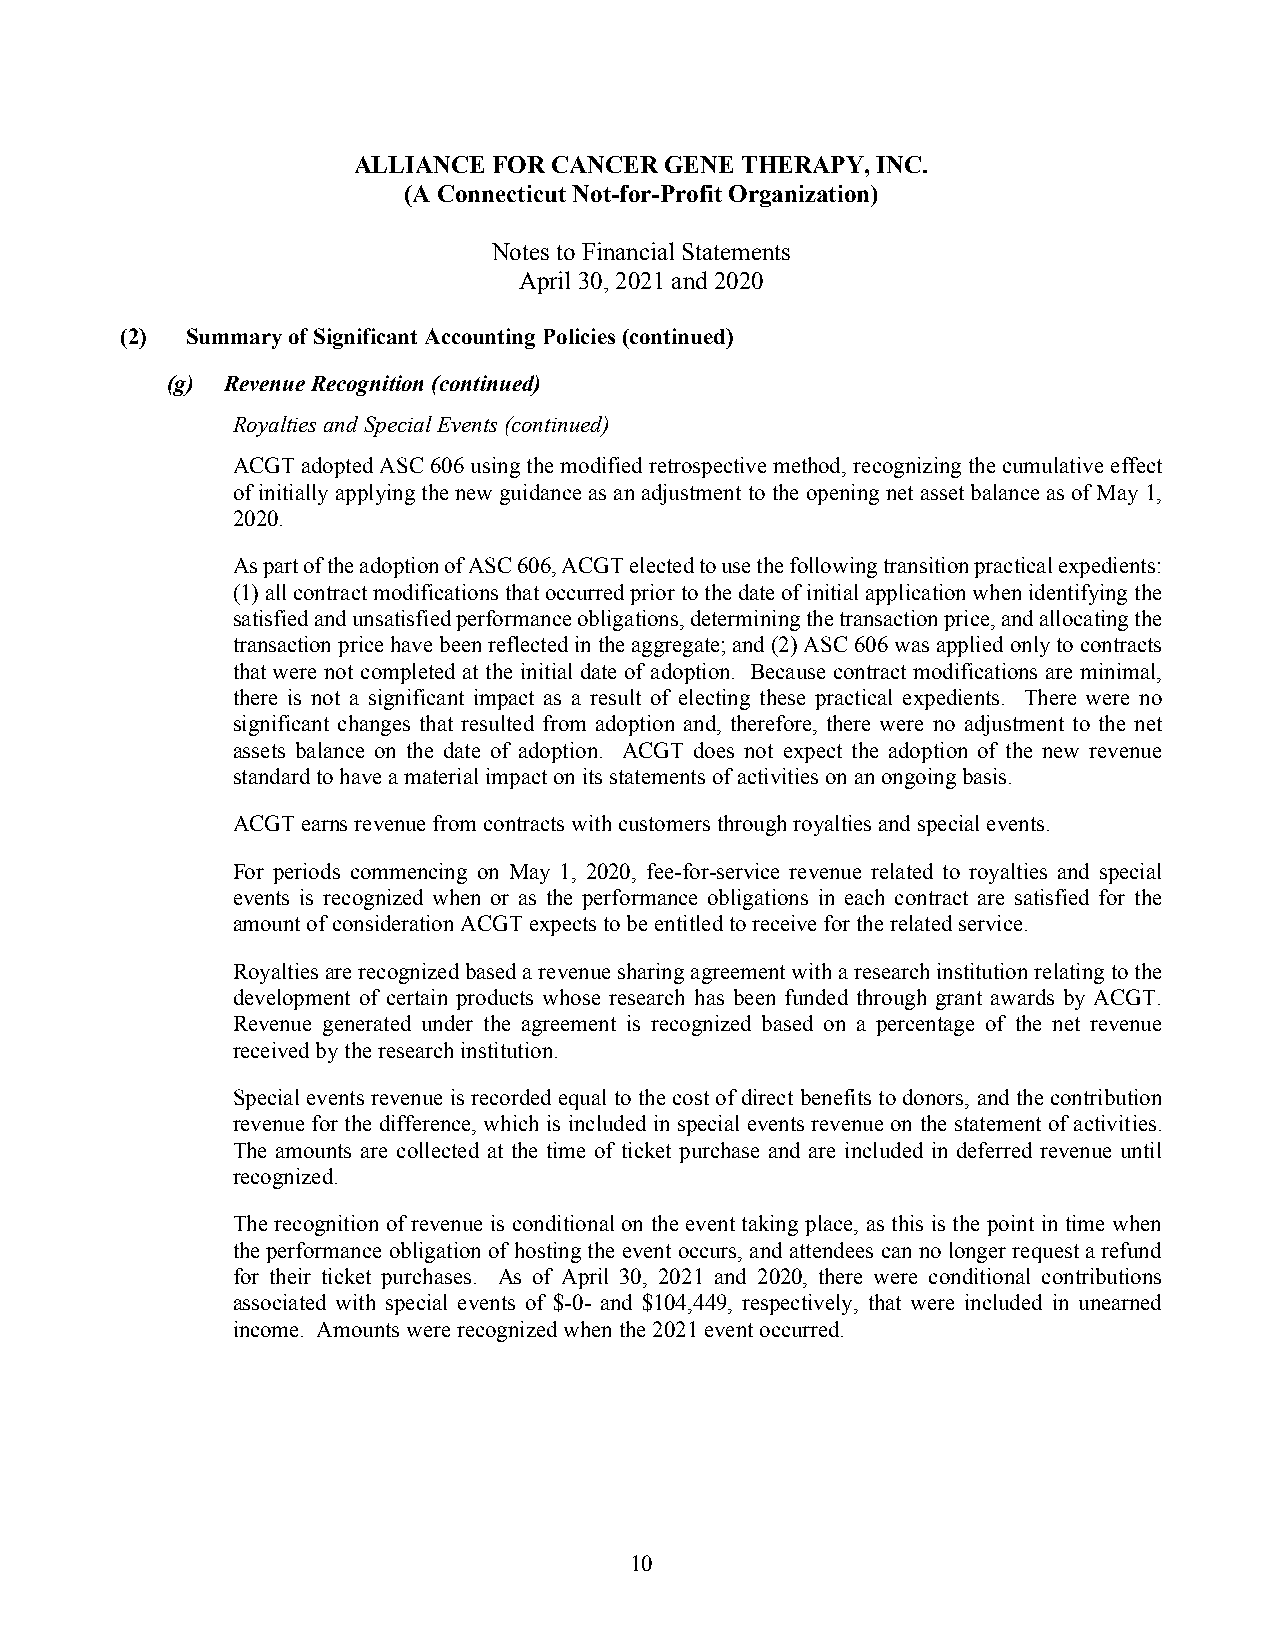
ALLIANCE  FOR CANCER GENE THERAPY, INC.
 (A Connecticut Not-for-Profit Organization)
 Notes to Financial Statements
 April 30, 2021 and 2020
 (2) Summary of Significant Accounting Policies (continued)
 (g) Revenue Recognition (continued)
 Royalties and Special Events (continued)
 ACGT adopted ASC 606 using the modified retrospective method, recognizing the cumulative effect
 of initially applying the new guidance as an adjustment to the opening net asset balance as of May 1,
 2020.
 As part of the adoption of ASC 606, ACGT elected to use the following transition practical expedients:
 (1) all contract modifications that occurred prior to the date of initial application when identifying the
 satisfied and unsatisfied performance obligations, determining the transaction price, and allocating the
 transaction price have been reflected in the aggregate; and (2) ASC 606 was applied only to contracts
 that were not completed at the initial date of adoption. Because contract modifications are minimal,
 there is not a significant impact as a result of electing these practical expedients. There were no
 significant changes that resulted from adoption and, therefore, there were no adjustment to the net
 assets balance on the date of adoption. ACGT does not expect the adoption of the new revenue
 standard to have a material impact on its statements of activities on an ongoing basis.
 ACGT earns revenue from contracts with customers through royalties and special events.
 For periods commencing on May 1, 2020, fee-for-service revenue related to royalties and special
 events is recognized when or as the performance obligations in each contract are satisfied for the
 amount of consideration ACGT expects to be entitled to receive for the related service.
 Royalties are recognized based a revenue sharing agreement with a research institution relating to the
 development of certain products whose research has been funded through grant awards by ACGT.
 Revenue generated under the agreement is recognized based on a percentage of the net revenue
 received by the research institution.
 Special events revenue is recorded equal to the cost of direct benefits to donors, and the contribution
 revenue for the difference, which is included in special events revenue on the statement of activities.
 The amounts are collected at the time of ticket purchase and are included in deferred revenue until
 recognized.
 The recognition of revenue is conditional on the event taking place, as this is the point in time when
 the performance obligation of hosting the event occurs, and attendees can no longer request a refund
 for their ticket purchases. As of April 30, 2021 and 2020, there were conditional contributions
 associated with special events of $-0- and $104,449, respectively, that were included in unearned
 income. Amounts were recognized when the 2021 event occurred.
 10